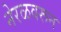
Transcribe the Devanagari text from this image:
नेरळवरून